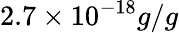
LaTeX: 2.7\times 10^{-18}g/g